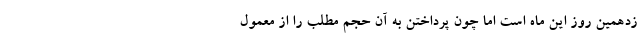
زدهمین روز این ماه است اما چون پرداختن به آن حجم مطلب را از معمول